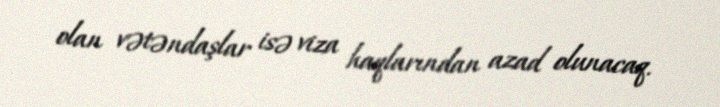
olan vətəndaşlar isə viza haqlarından azad olunacaq.